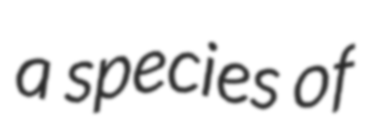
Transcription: a species of